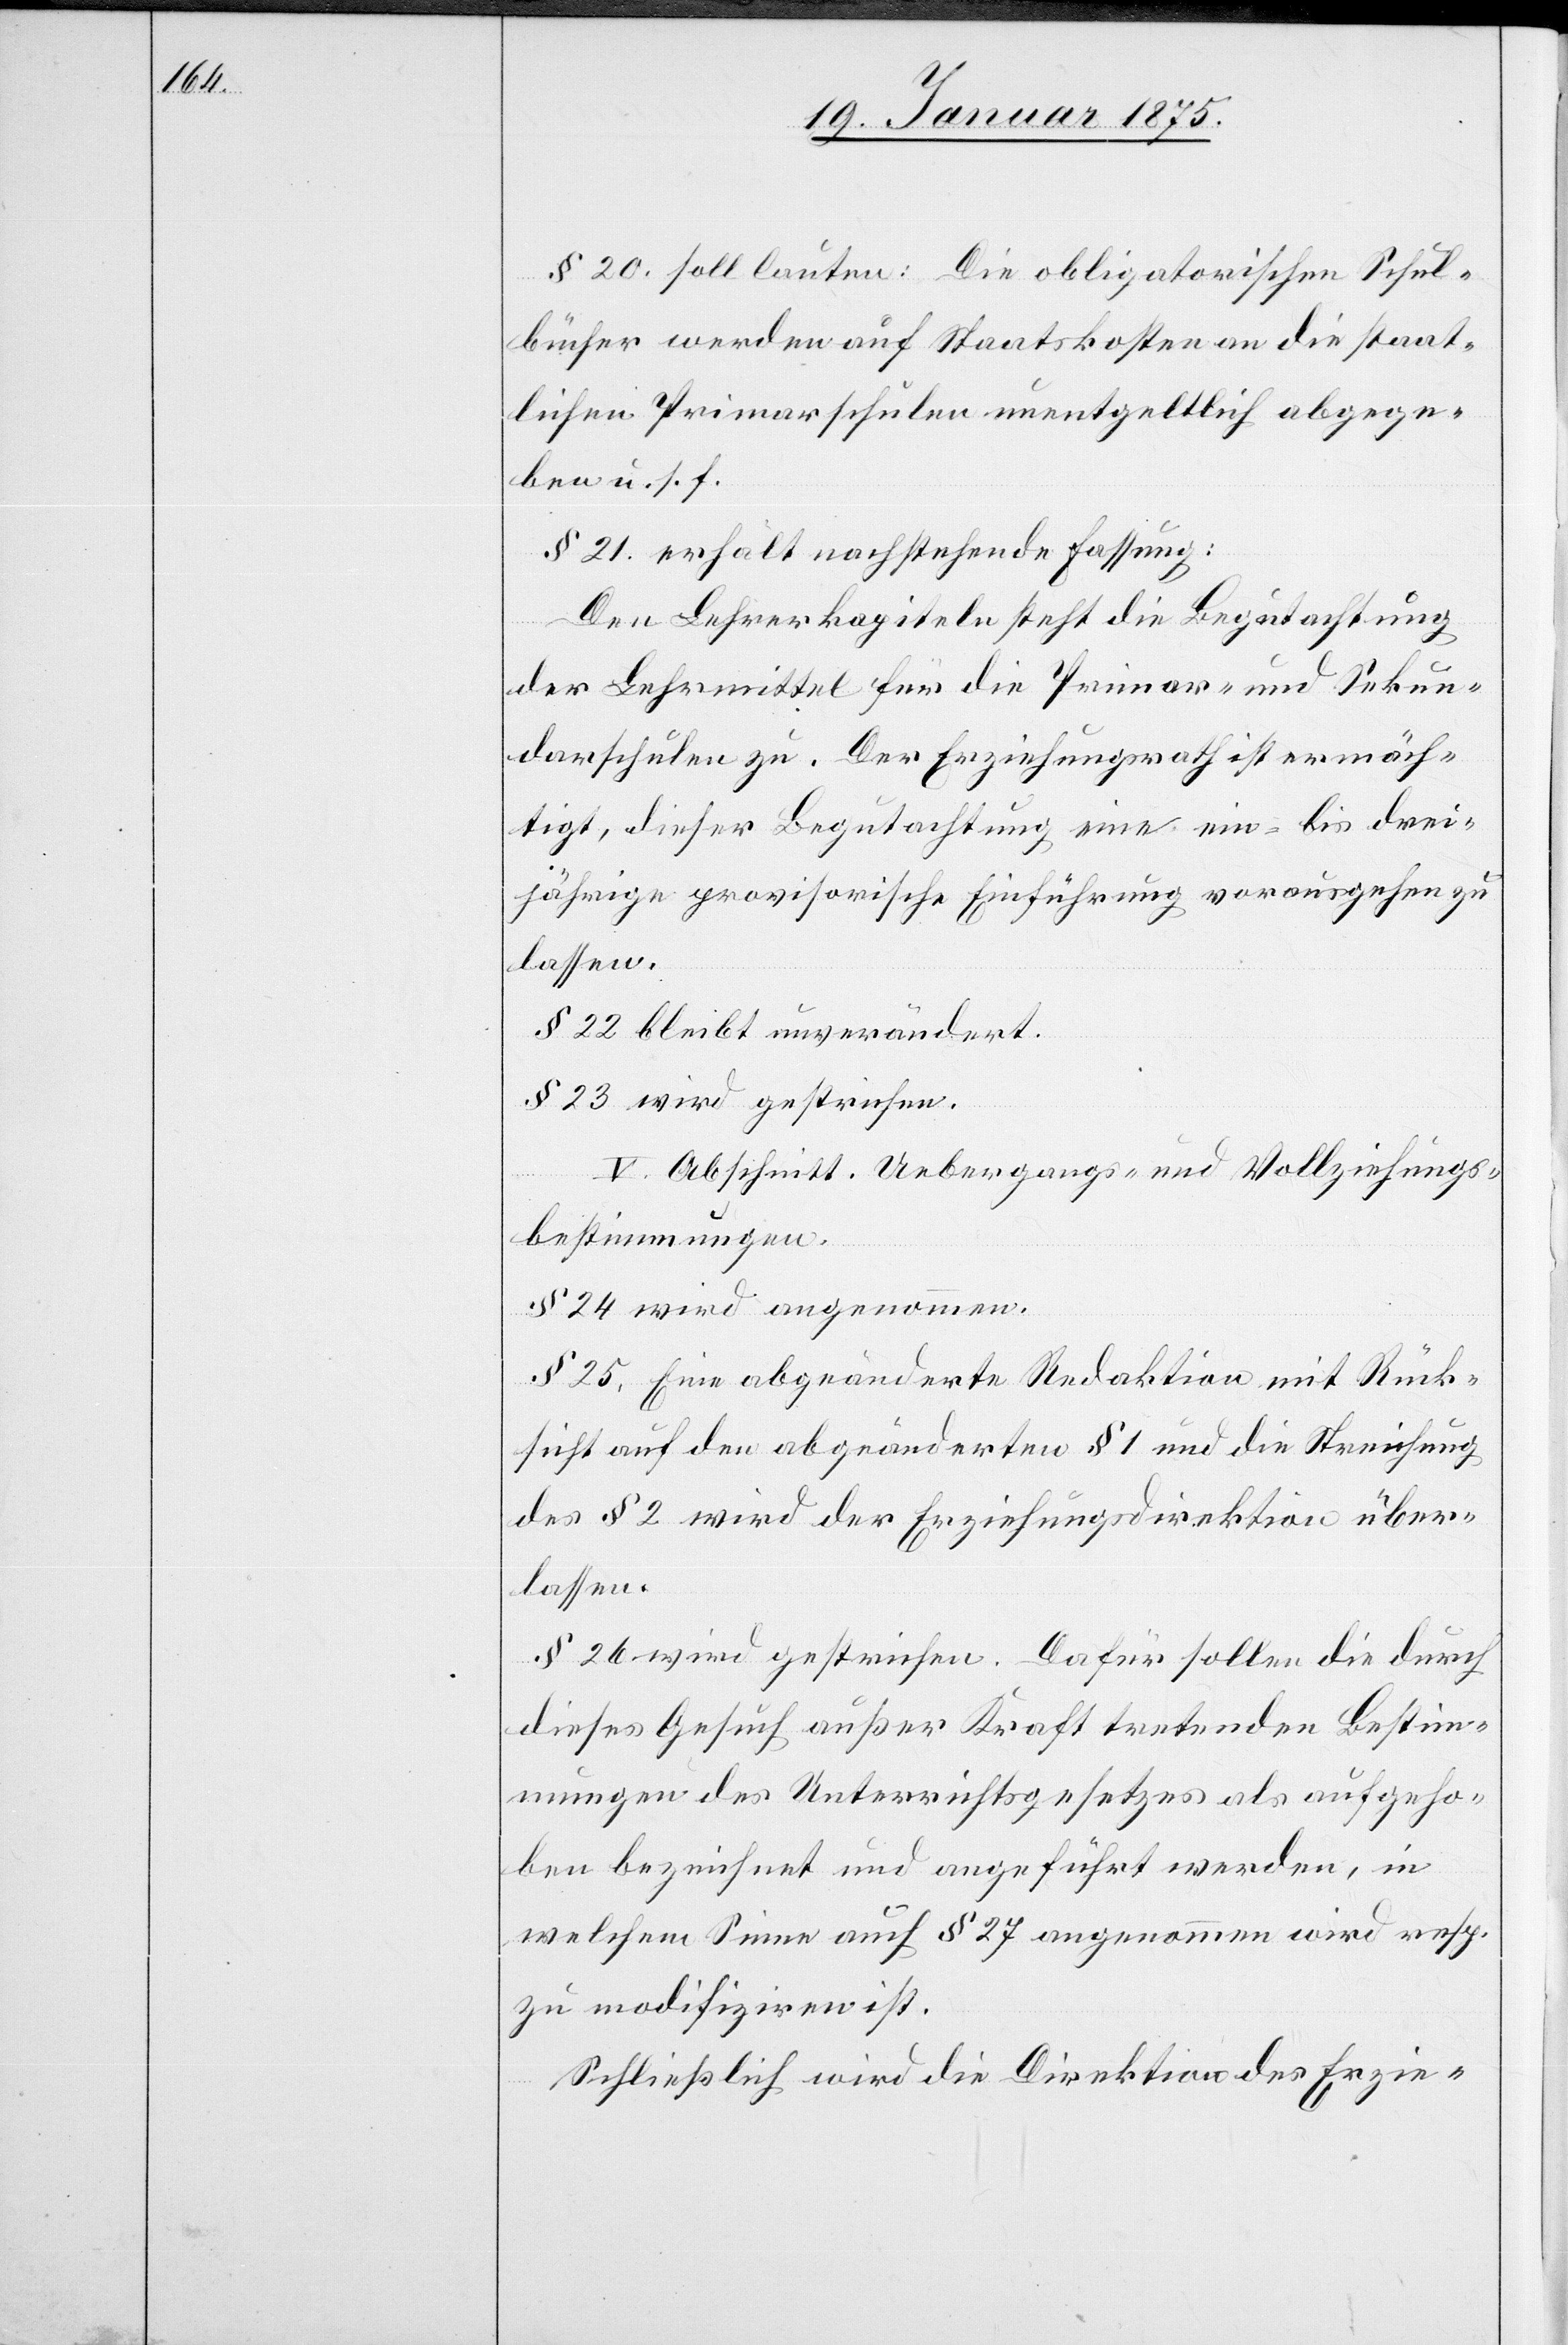
§ 20. soll lauten: Die obligatorischen Schul¬
bücher werden auf Staatskosten an die staat¬
lichen Primarschulen unentgeltlich abgege¬
ben u. s. f.
§ 21. erhält nachstehende Fassung:
Den Lehrerkapiteln steht die Begutachtung
der Lehrmittel für die Primar- und Sekun¬
darschulen zu. Der Erziehungsrath ist ermäch¬
tigt, dieser Begutachtung eine ein- bis drei¬
jährige provisorische Einführung vorausgehen zu
lassen.
§ 22 bleibt unverändert.
§ 23 wird gestrichen.
V. Abschnitt. Uebergangs- und Vollziehungs¬
bestimmungen.
§ 24 wird angenommen.
§ 25, Eine abgeänderte Redaktion mit Rück¬
sicht auf den abgeänderten § 2 und die Streichung
des § 2 wird der Erziehungsdirektion über¬
lassen.
§ 26 wird gestrichen. Dafür sollen die durch
dieses Gesuch außer Kraft tretenden Bestim¬
mungen des Unterrichtsgesetzes als aufgeho¬
ben bezeichnet und angeführt werden, in
welchem Sinne auch § 27 angenommen wird resp.
zu modifiziren ist.
Schließlich wird die Direktion des Erzie-